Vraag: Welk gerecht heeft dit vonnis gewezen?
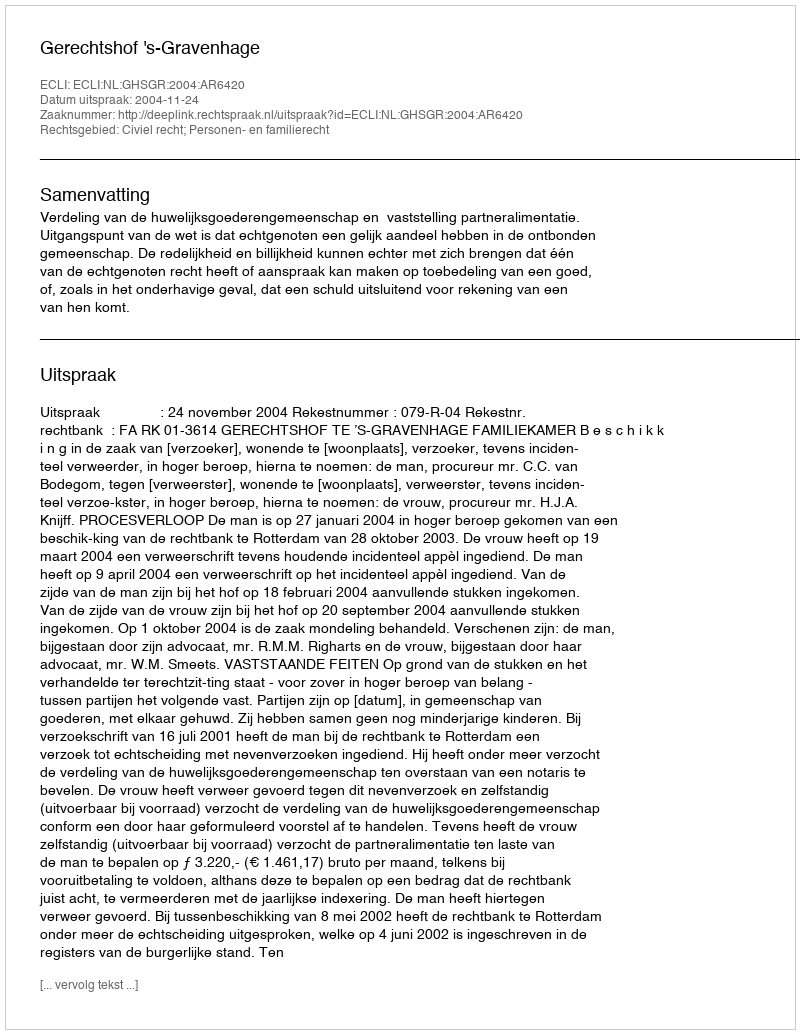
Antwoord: Gerechtshof 's-Gravenhage